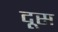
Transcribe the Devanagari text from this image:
दूस